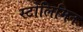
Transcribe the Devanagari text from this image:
स्टोलिमिन